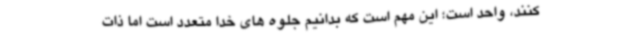
کنند، واحد است؛ این مهم است که بدانیم جلوه های خدا متعدد است اما ذات